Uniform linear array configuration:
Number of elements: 12
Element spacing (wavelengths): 0.75
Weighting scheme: cosine
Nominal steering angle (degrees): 60
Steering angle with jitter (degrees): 59.216
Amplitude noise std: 0.05
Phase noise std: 0.05

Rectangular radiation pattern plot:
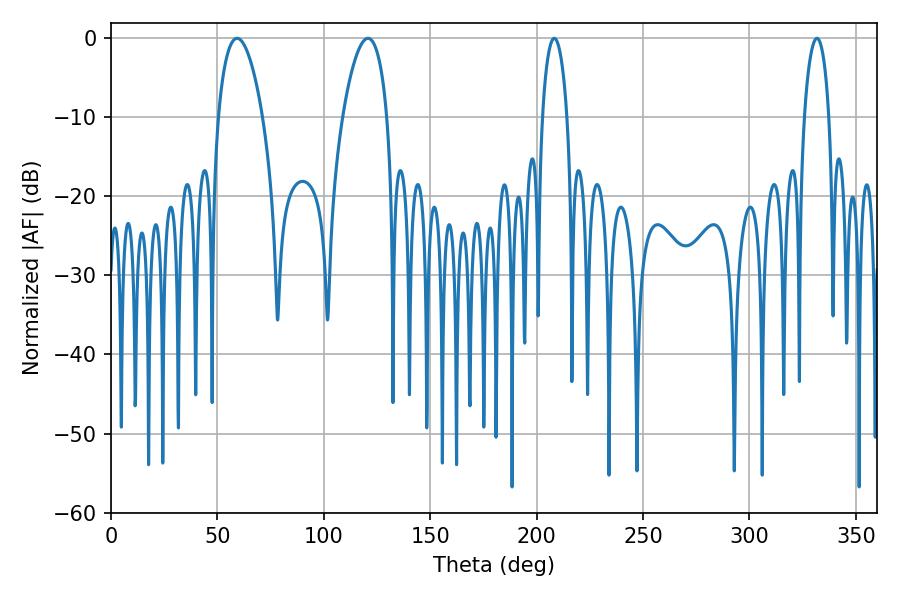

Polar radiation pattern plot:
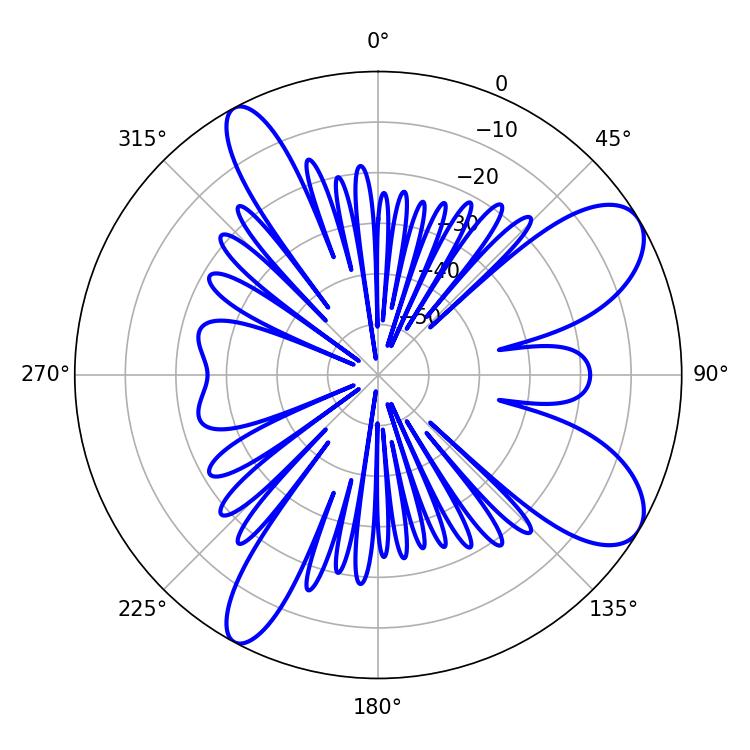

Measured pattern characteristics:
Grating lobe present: TRUE
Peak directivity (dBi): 8.92
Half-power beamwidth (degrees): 11.7
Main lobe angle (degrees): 59.22